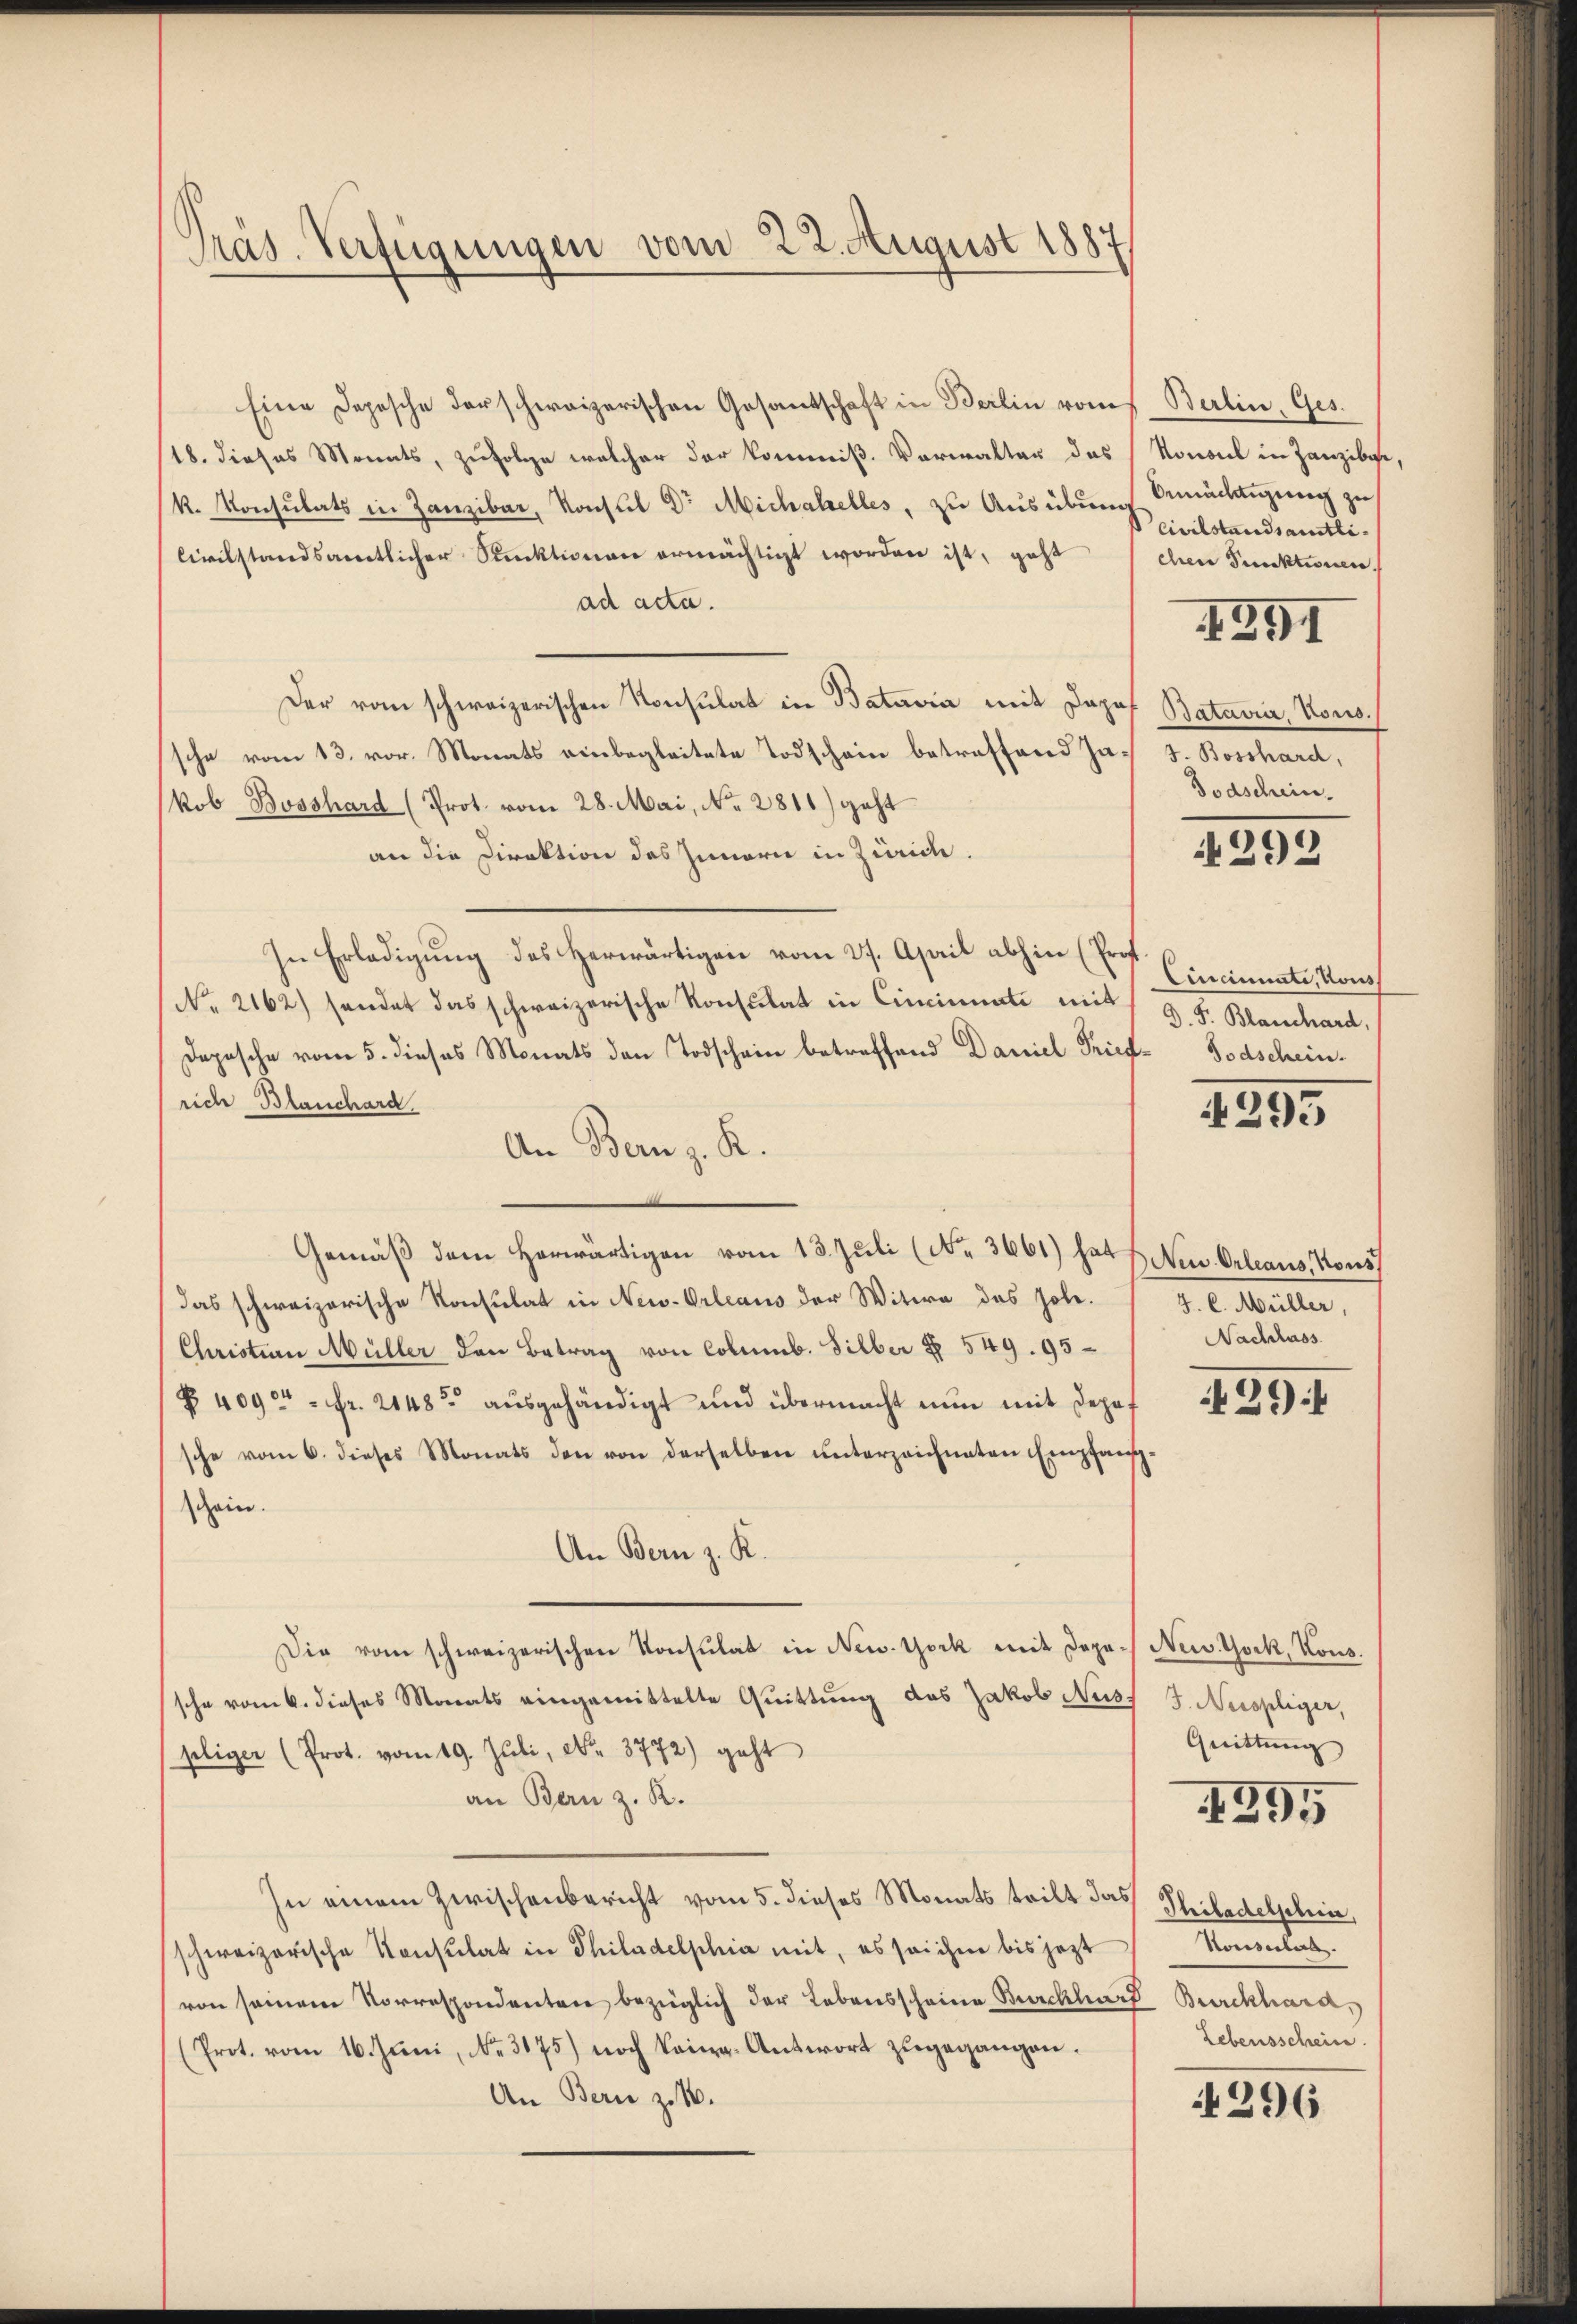
Präs. Verfügungen vom 22. August 1887

Eine Depesche derschweizerischen Gesantschaft in Berlin vom Berlin, Ges.
18. dieses Monats, zufolge welcher der kommiß. Vorwalter des Konsul in Zanziber,
k. Konsulats in Zanzibar, Konsul Dr. Michahelles, zu Ausübung
Civilstandsamtlicher Punktionen ermächtigt worden ist, geht
ad acta.
Der vom schweizerischen Konsulat in Batavia mit Dopof
sche vom 13. vor. Monats einbegleitete Todschein betreffend Jakob Bosshard (Prot. vom 28. Mai, No. 2811) geht
an die Direktion des Innern in Zürich.
In Erledigŭng des herwärtigen vom 27. April abhin (Prof.
No. 2162) sendet das schweizerische Konsulat in Cincinati mit
Depesche vom 5. dieses Monats den Todschein betreffend Daniel Fried-Bodschein-
rich Blanchard.
An Bern z. R.
Gemäß dem Herwärtigen vom 13. Juli (No. 3661) hat u. Neu Orleaus, Kons
das schweizerische Konsulat in New-Orleaus der Witwe des hole.
Christian Müller den Betrag von Columb. Silber § 549. 95
§ 409 = Fr. 2148 ausgehändigt und übermacht nun mit deposche vom 6. dieses Monats den von derselben ŭnterzeichneten Empfan
schein.
An Bern z. K.
Die vom schweizerischen Konsulat in New-York mit Depesche vom 6. dieses Monats eingemittelte Quittung des Jakob Nuss
pliger (Prot. vom 19. Jŭli, Nr. 3772) geht
an Bern z. R.
In einem Zwischenbericht vom 5. dieses Monats teilt das
schweizerische Konsulat in Philadelphia mit, es seichne bis jezt
von seinem Vorrespondenten bezüglich der Lebensscheine Burckhard
(Prot. vom 16. Juni, No. 3175) noch keine Antwort zŭgegangen.
An Bern zu 10.

bemächtigung zu
Civilstandsamtlichen Punktionen.

391

Batariis, Kons.
J. Bosshard,
Todschein.

292

Cincinnate, Hous
D. S. Blanschard,

4395

J. C. Müller,
Nachlass

39

New York, Kons.
J. Neispliger,
Quittung

1395

Philadelschic
Honsuls.
 Burckhard,
Lebensschein

4296